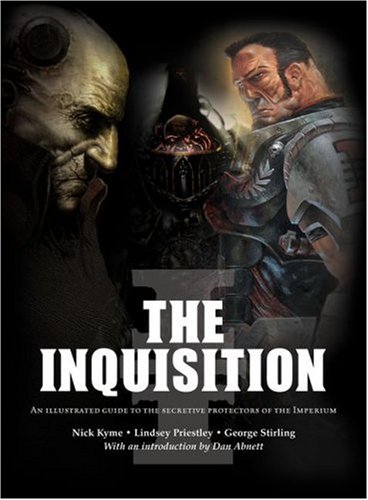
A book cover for The Inquisition: An illustrated guide to the secretive protectors of the imperium (Warhammer 40,000 (Bradygames)); Nick Kyme; Science Fiction & Fantasy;